Specificity of antivenomous sera (second communication) - Number 10
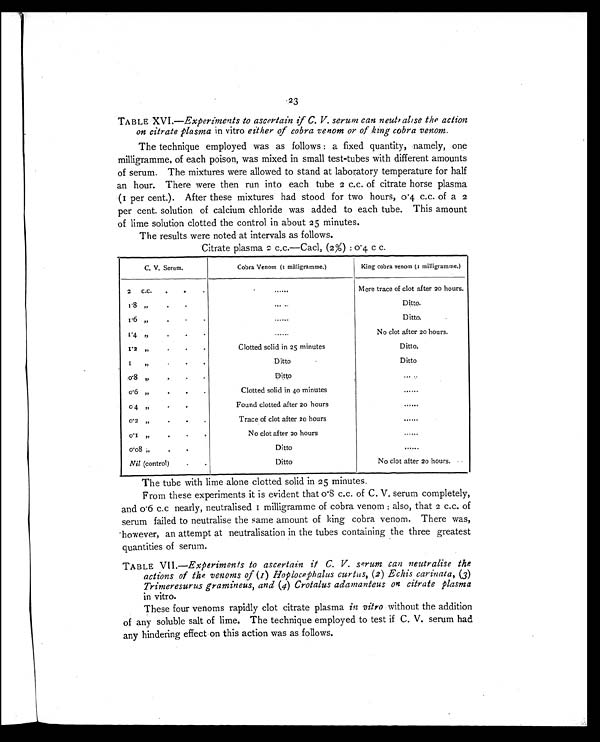
23
TABLE XVI.—Experiments to ascertain if C. V. serum can neutralise the action
on citrate plasma in vitro either of cobra venom or of king cobra venom.
The technique employed was as follows : a fixed quantity, namely, one
milligramme, of each poison, was mixed in small test-tubes with different amounts
of serum. The mixtures were allowed to stand at laboratory temperature for half
an hour. There were then run into each tube 2 c.c. of citrate horse plasma
(1 per cent.). After these mixtures had stood for two hours, 0.4 c.c. of a 2
per cent. solution of calcium chloride was added to each tube. This amount
of lime solution clotted the control in about 25 minutes.
The results were noted at intervals as follows.
Citrate plasma 2 c.c.—Cacl2 (2%) :0.4 c c.
C. V. Serum.
Cobra Venom (1 milligramme.)
King cobra venom (1 milligramme.)
2 C.C.
.
.
.
......
Mere trace of clot after 20 hours.
1 . 8
"
.
.
.
. . . . . . Ditto.
1 . 6
"
.
.
.
. . . . . . Ditto.
1 . 4
"
.
.
......
No clot after 20 hours.
1.2 "
.
.
.
Clotted solid in 25 minutes
Ditto.
1
"
.
.
.
Ditto
Ditto
0 . 8
"
.
.
.
Ditto
. . . . . .
0 . 6
"
.
.
.
Clotted solid in 4o minutes
......
0 . 4
"
.
.
.
Found clotted after 20 hours
......
0.2 "
.
.
.
Trace of clot after 20 hours
......
0 . 1
"
.
.
.
No clot after 20 hours
......
0 . 0 8
"
.
.
.
Ditto
......
Nil (control)
.
.
Ditto
No clot after 20 hours.
The tube with lime alone clotted solid in 25 minutes.
From these experiments it is evident that 0.8 c.c. of C. V. serum completely,
and 0.6 c.c nearly, neutralised 1 milligramme of cobra venom : also, that 2 c.c. of
serum failed to neutralise the same amount of king cobra venom. There was,
-however, an attempt at neutralisation in the tubes containing the three greatest
quantities of serum.
TABLE VII.—Experiments to ascertain if C. V. serum can neutralise the
actions of the venoms of (1) Hoplocephalus curtus, (2) Echis carinata, (3)
Trimeresurus gramineus, and (4) Crotalus adanzanteus on citrate plasma
in vitro.
These four venoms rapidly clot citrate plasma in vitro without the addition
of any soluble salt of lime. The technique employed to test if C. V. serum had
any hindering effect on this action was as follows.